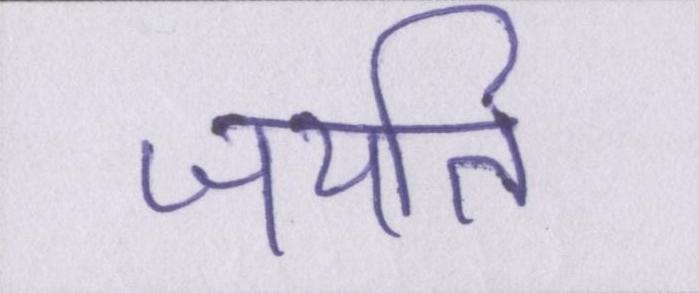
जयति